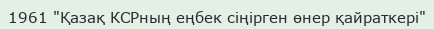
1961 "Қазақ КСРның еңбек сіңірген өнер қайраткері"